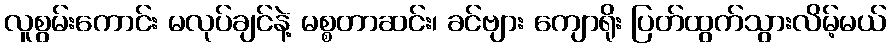
လူစွမ်းကောင်း မလုပ်ချင်နဲ့ မစ္စတာဆင်း၊ ခင်ဗျား ကျောရိုး ပြတ်ထွက်သွားလိမ့်မယ်